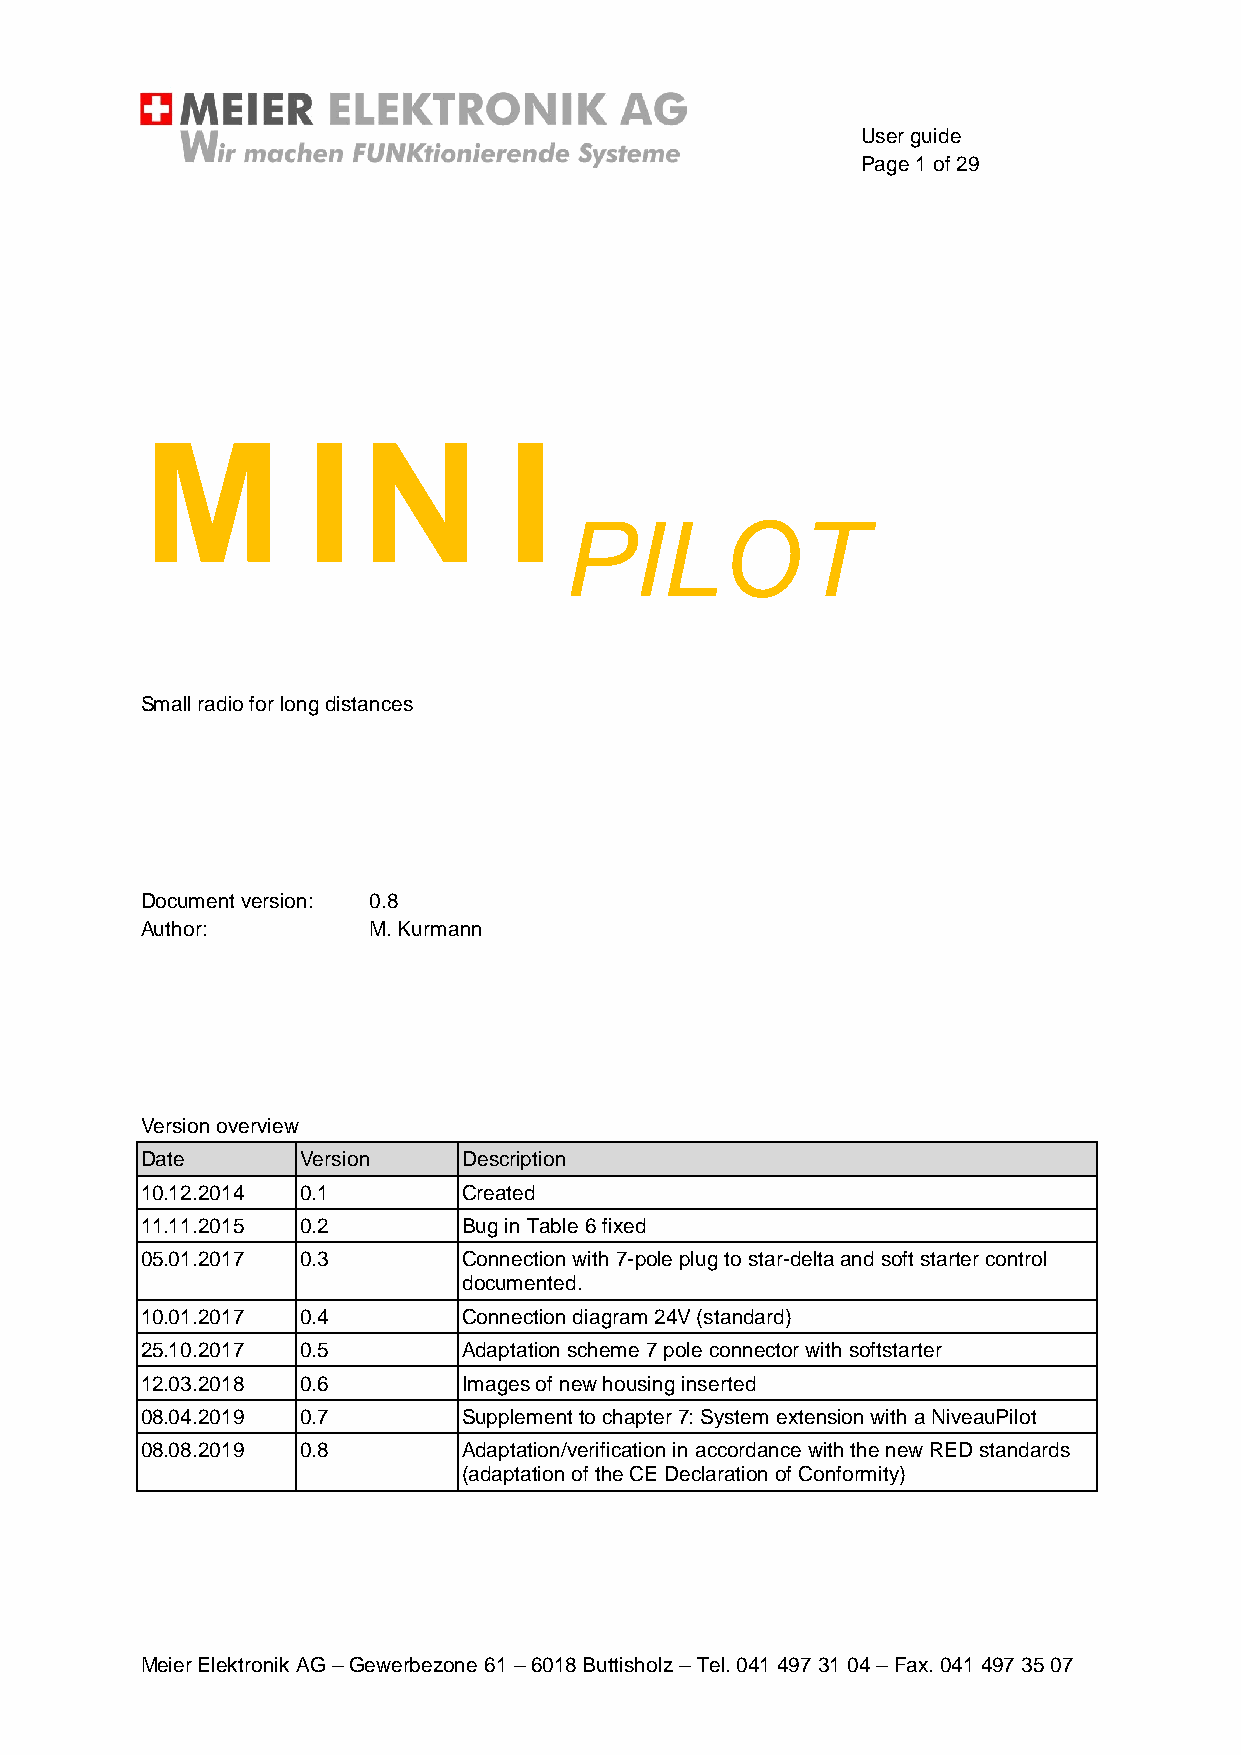
User guide
 Page 1 of 29
 M          I   N         I
 PILOT
 Small radio for long distances
 Document version: 0.8
 Author:        M. Kurmann
 Version overview
 Date       Version    Description
 10.12.2014 0.1        Created
 11.11.2015 0.2        Bug in Table 6 fixed
 05.01.2017 0.3        Connection with 7-pole plug to star-delta and soft starter control
 documented.
 10.01.2017 0.4        Connection diagram 24V (standard)
 25.10.2017 0.5        Adaptation scheme 7 pole connector with softstarter
 12.03.2018 0.6        Images of new housing inserted
 08.04.2019 0.7        Supplement to chapter 7: System extension with a NiveauPilot
 08.08.2019 0.8        Adaptation/verification in accordance with the new RED standards
 (adaptation of the CE Declaration of Conformity)
 Meier Elektronik AG – Gewerbezone 61 – 6018 Buttisholz – Tel. 041 497 31 04 – Fax. 041 497 35 07